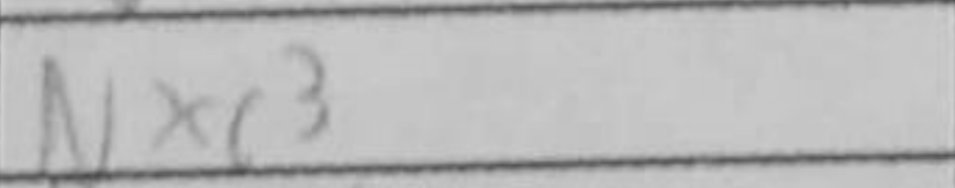
Transcription: Nxc3